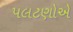
પલટણોએ